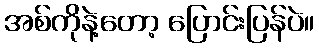
အစ်ကိုနဲ့တော့ ပြောင်းပြန်ပဲ။